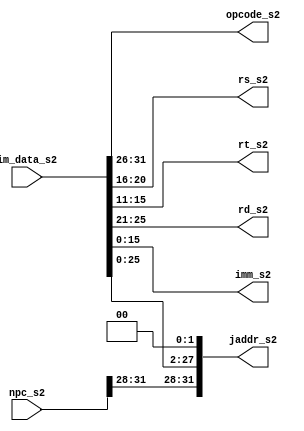
//////////////////////////////////////////////////////////////////////////////////
// Module Name: id_decode
//////////////////////////////////////////////////////////////////////////////////

`ifndef _id_decode
`define _id_decode

module id_decode(
    input [31:0] npc_s2,
    input [31:0] im_data_s2,
    output [5:0] opcode_s2,
    output [4:0] rs_s2,
    output [4:0] rt_s2,
    output [4:0] rd_s2,
    output [15:0] imm_s2,
    output [31:0] jaddr_s2
    );
    assign opcode_s2  = im_data_s2[31:26];
	assign rd_s2 = im_data_s2[25:21];
	assign rs_s2 = im_data_s2[20:16];
	assign rt_s2 = im_data_s2[15:11];
	assign imm_s2 = im_data_s2[15:0];
	assign jaddr_s2 = {npc_s2[31:28], im_data_s2[25:0], {2{1'b0}}};
    
endmodule

`endif